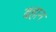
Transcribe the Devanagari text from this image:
बहान